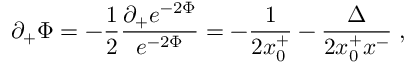
\partial _ { + } \Phi = - { \frac { 1 } { 2 } } \frac { \partial _ { + } e ^ { - 2 \Phi } } { e ^ { - 2 \Phi } } = - { \frac { 1 } { 2 x _ { 0 } ^ { + } } } - \frac { \Delta } { 2 x _ { 0 } ^ { + } x ^ { - } } \; ,